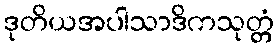
ဒုတိယအပါသာဒိကသုတ္တံ